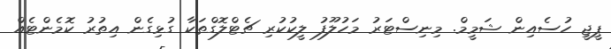
ޕީޖީ ހުސެއިން ޝަމީމް. މިނިސްޓަރު މަހުލޫފު ލީކުކުރި ޗެޓްލޮގްތަކާ ގުޅިގެން އިތުރު ކޮމެންޓެއް